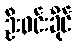
ဦးဝင်းခိုင်